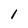
Character: 1